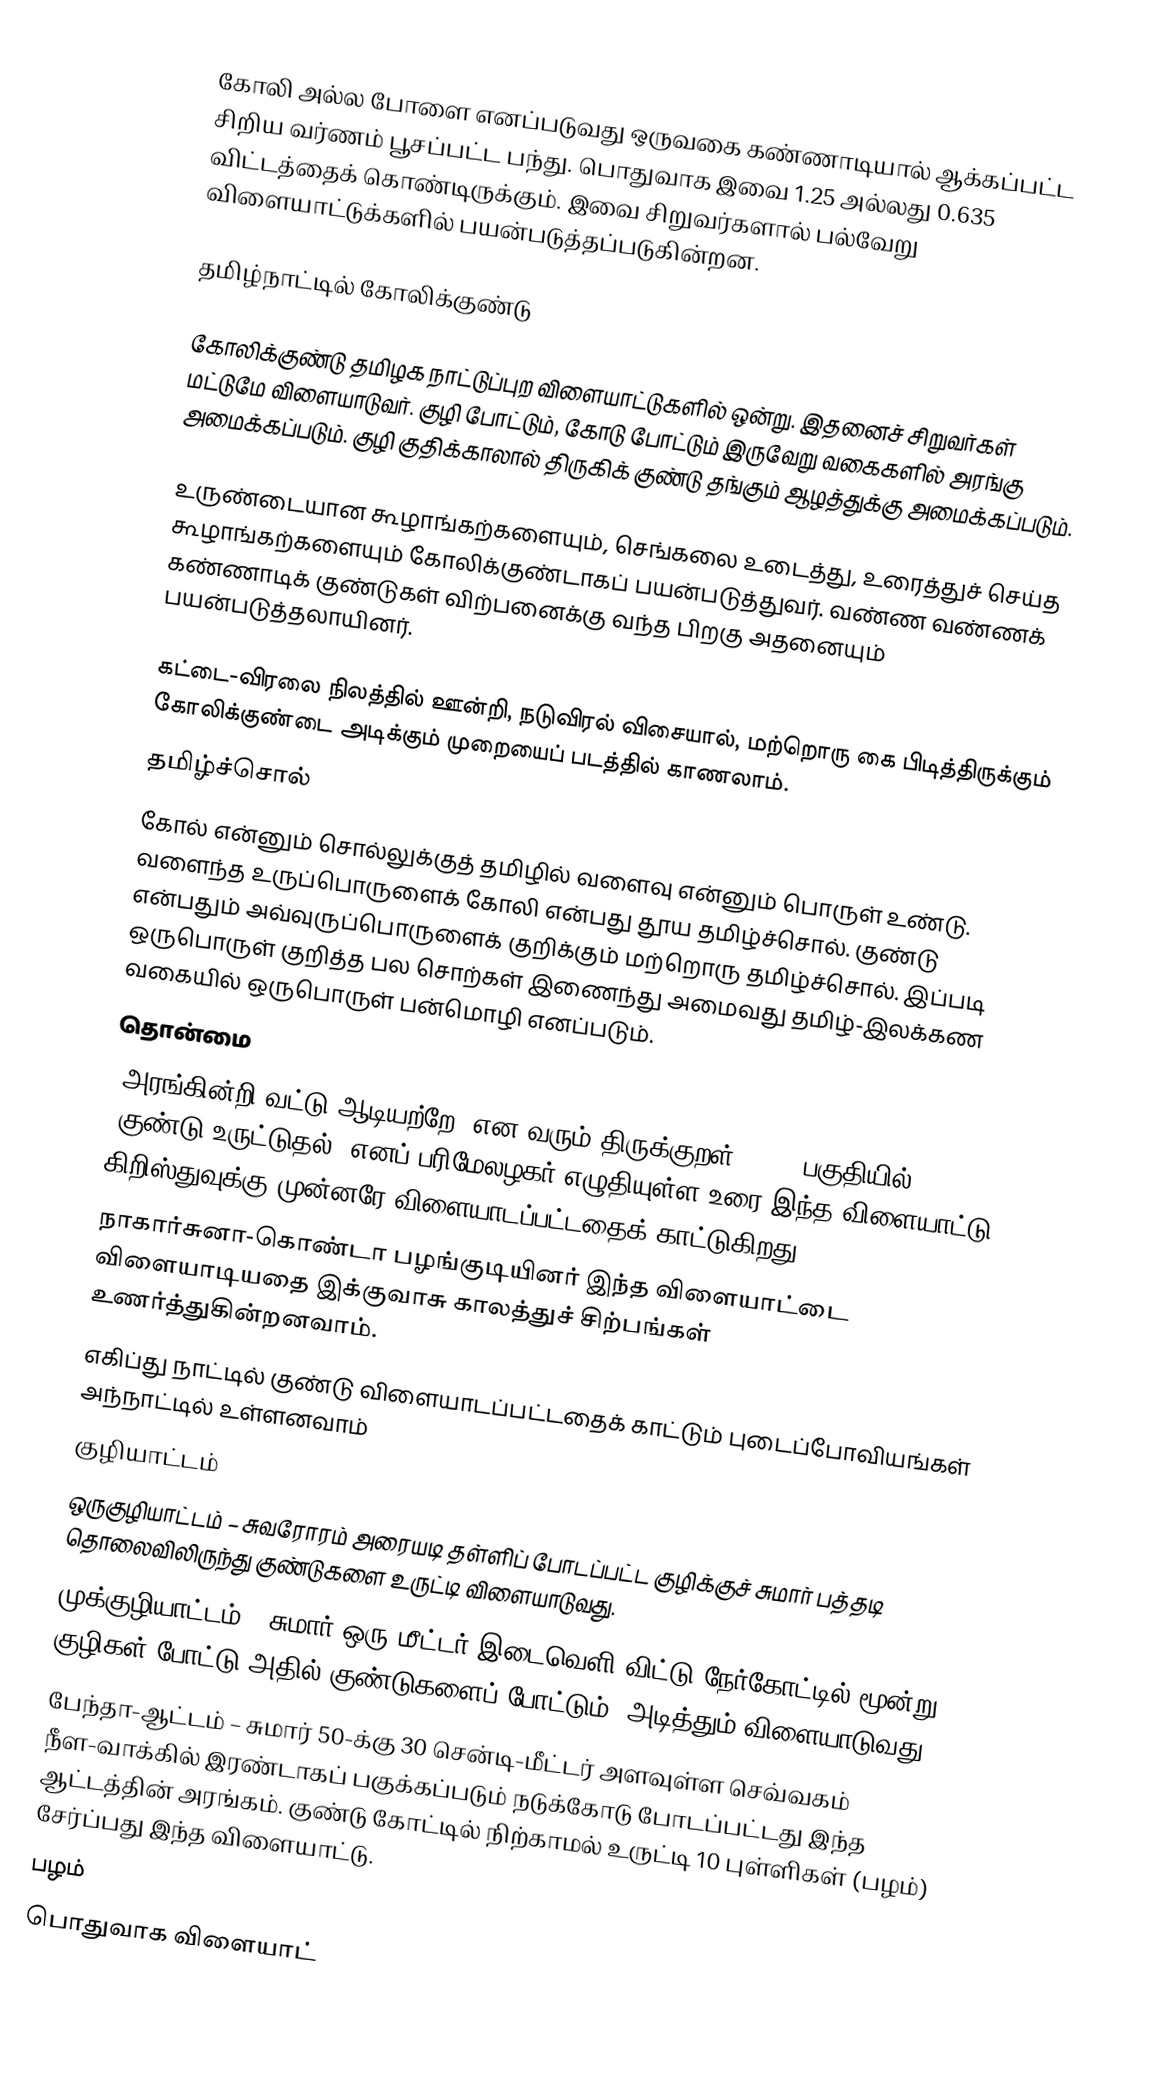
கோலி அல்ல போளை எனப்படுவது ஒருவகை கண்ணாடியால் ஆக்கப்பட்ட சிறிய வர்ணம் பூசப்பட்ட பந்து. பொதுவாக இவை 1.25 அல்லது 0.635 விட்டத்தைக் கொண்டிருக்கும். இவை சிறுவர்களால் பல்வேறு விளையாட்டுக்களில் பயன்படுத்தப்படுகின்றன.

தமிழ்நாட்டில் கோலிக்குண்டு

கோலிக்குண்டு தமிழக நாட்டுப்புற விளையாட்டுகளில் ஒன்று. இதனைச் சிறுவர்கள் மட்டுமே விளையாடுவர். குழி போட்டும், கோடு போட்டும் இருவேறு வகைகளில் அரங்கு அமைக்கப்படும். குழி குதிக்காலால் திருகிக் குண்டு தங்கும் ஆழத்துக்கு அமைக்கப்படும்.

உருண்டையான கூழாங்கற்களையும், செங்கலை உடைத்து, உரைத்துச் செய்த கூழாங்கற்களையும் கோலிக்குண்டாகப் பயன்படுத்துவர். வண்ண வண்ணக் கண்ணாடிக் குண்டுகள் விற்பனைக்கு வந்த பிறகு அதனையும் பயன்படுத்தலாயினர்.

கட்டை-விரலை நிலத்தில் ஊன்றி, நடுவிரல் விசையால், மற்றொரு கை பிடித்திருக்கும் கோலிக்குண்டை அடிக்கும் முறையைப் படத்தில் காணலாம்.
தமிழ்ச்சொல்
கோல் என்னும் சொல்லுக்குத் தமிழில் வளைவு என்னும் பொருள் உண்டு. வளைந்த உருப்பொருளைக் கோலி என்பது தூய தமிழ்ச்சொல். குண்டு என்பதும் அவ்வுருப்பொருளைக் குறிக்கும் மற்றொரு தமிழ்ச்சொல். இப்படி ஒருபொருள் குறித்த பல சொற்கள் இணைந்து அமைவது தமிழ்-இலக்கண வகையில் ஒருபொருள் பன்மொழி எனப்படும்.
தொன்மை
“அரங்கின்றி வட்டு ஆடியற்றே” என வரும் திருக்குறள் (401) பகுதியில் “குண்டு உருட்டுதல்” எனப் பரிமேலழகர் எழுதியுள்ள உரை இந்த விளையாட்டு கிறிஸ்துவுக்கு முன்னரே விளையாடப்பட்டதைக் காட்டுகிறது.
நாகார்சுனா-கொண்டா பழங்குடியினர் இந்த விளையாட்டை விளையாடியதை இக்குவாசு காலத்துச் சிற்பங்கள் உணர்த்துகின்றனவாம்.
எகிப்து நாட்டில் குண்டு விளையாடப்பட்டதைக் காட்டும் புடைப்போவியங்கள் அந்நாட்டில் உள்ளனவாம்
குழியாட்டம்
ஒருகுழியாட்டம் – சுவரோரம் அரையடி தள்ளிப் போடப்பட்ட குழிக்குச் சுமார் பத்தடி தொலைவிலிருந்து குண்டுகளை உருட்டி விளையாடுவது.
முக்குழியாட்டம் – சுமார் ஒரு மீட்டர் இடைவெளி விட்டு நேர்கோட்டில் மூன்று குழிகள் போட்டு அதில் குண்டுகளைப் போட்டும், அடித்தும் விளையாடுவது.
பேந்தா-ஆட்டம் – சுமார் 50-க்கு 30 சென்டி-மீட்டர் அளவுள்ள செவ்வகம் நீள-வாக்கில் இரண்டாகப் பகுக்கப்படும் நடுக்கோடு போடப்பட்டது இந்த ஆட்டத்தின் அரங்கம். குண்டு கோட்டில் நிற்காமல் உருட்டி 10 புள்ளிகள் (பழம்) சேர்ப்பது இந்த விளையாட்டு.
பழம்
பொதுவாக விளையாட்